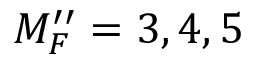
M _ { F } ^ { \prime \prime } = 3 , 4 , 5